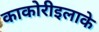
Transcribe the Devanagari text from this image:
काकोरीइलाके